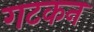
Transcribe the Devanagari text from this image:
गटकन